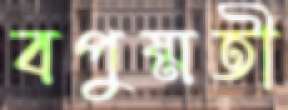
বপুষ্মতী